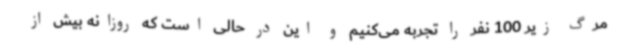
مرگ زیر 100 نفر را تجربه می‌کنیم و این در حالی است که روزانه بیش از